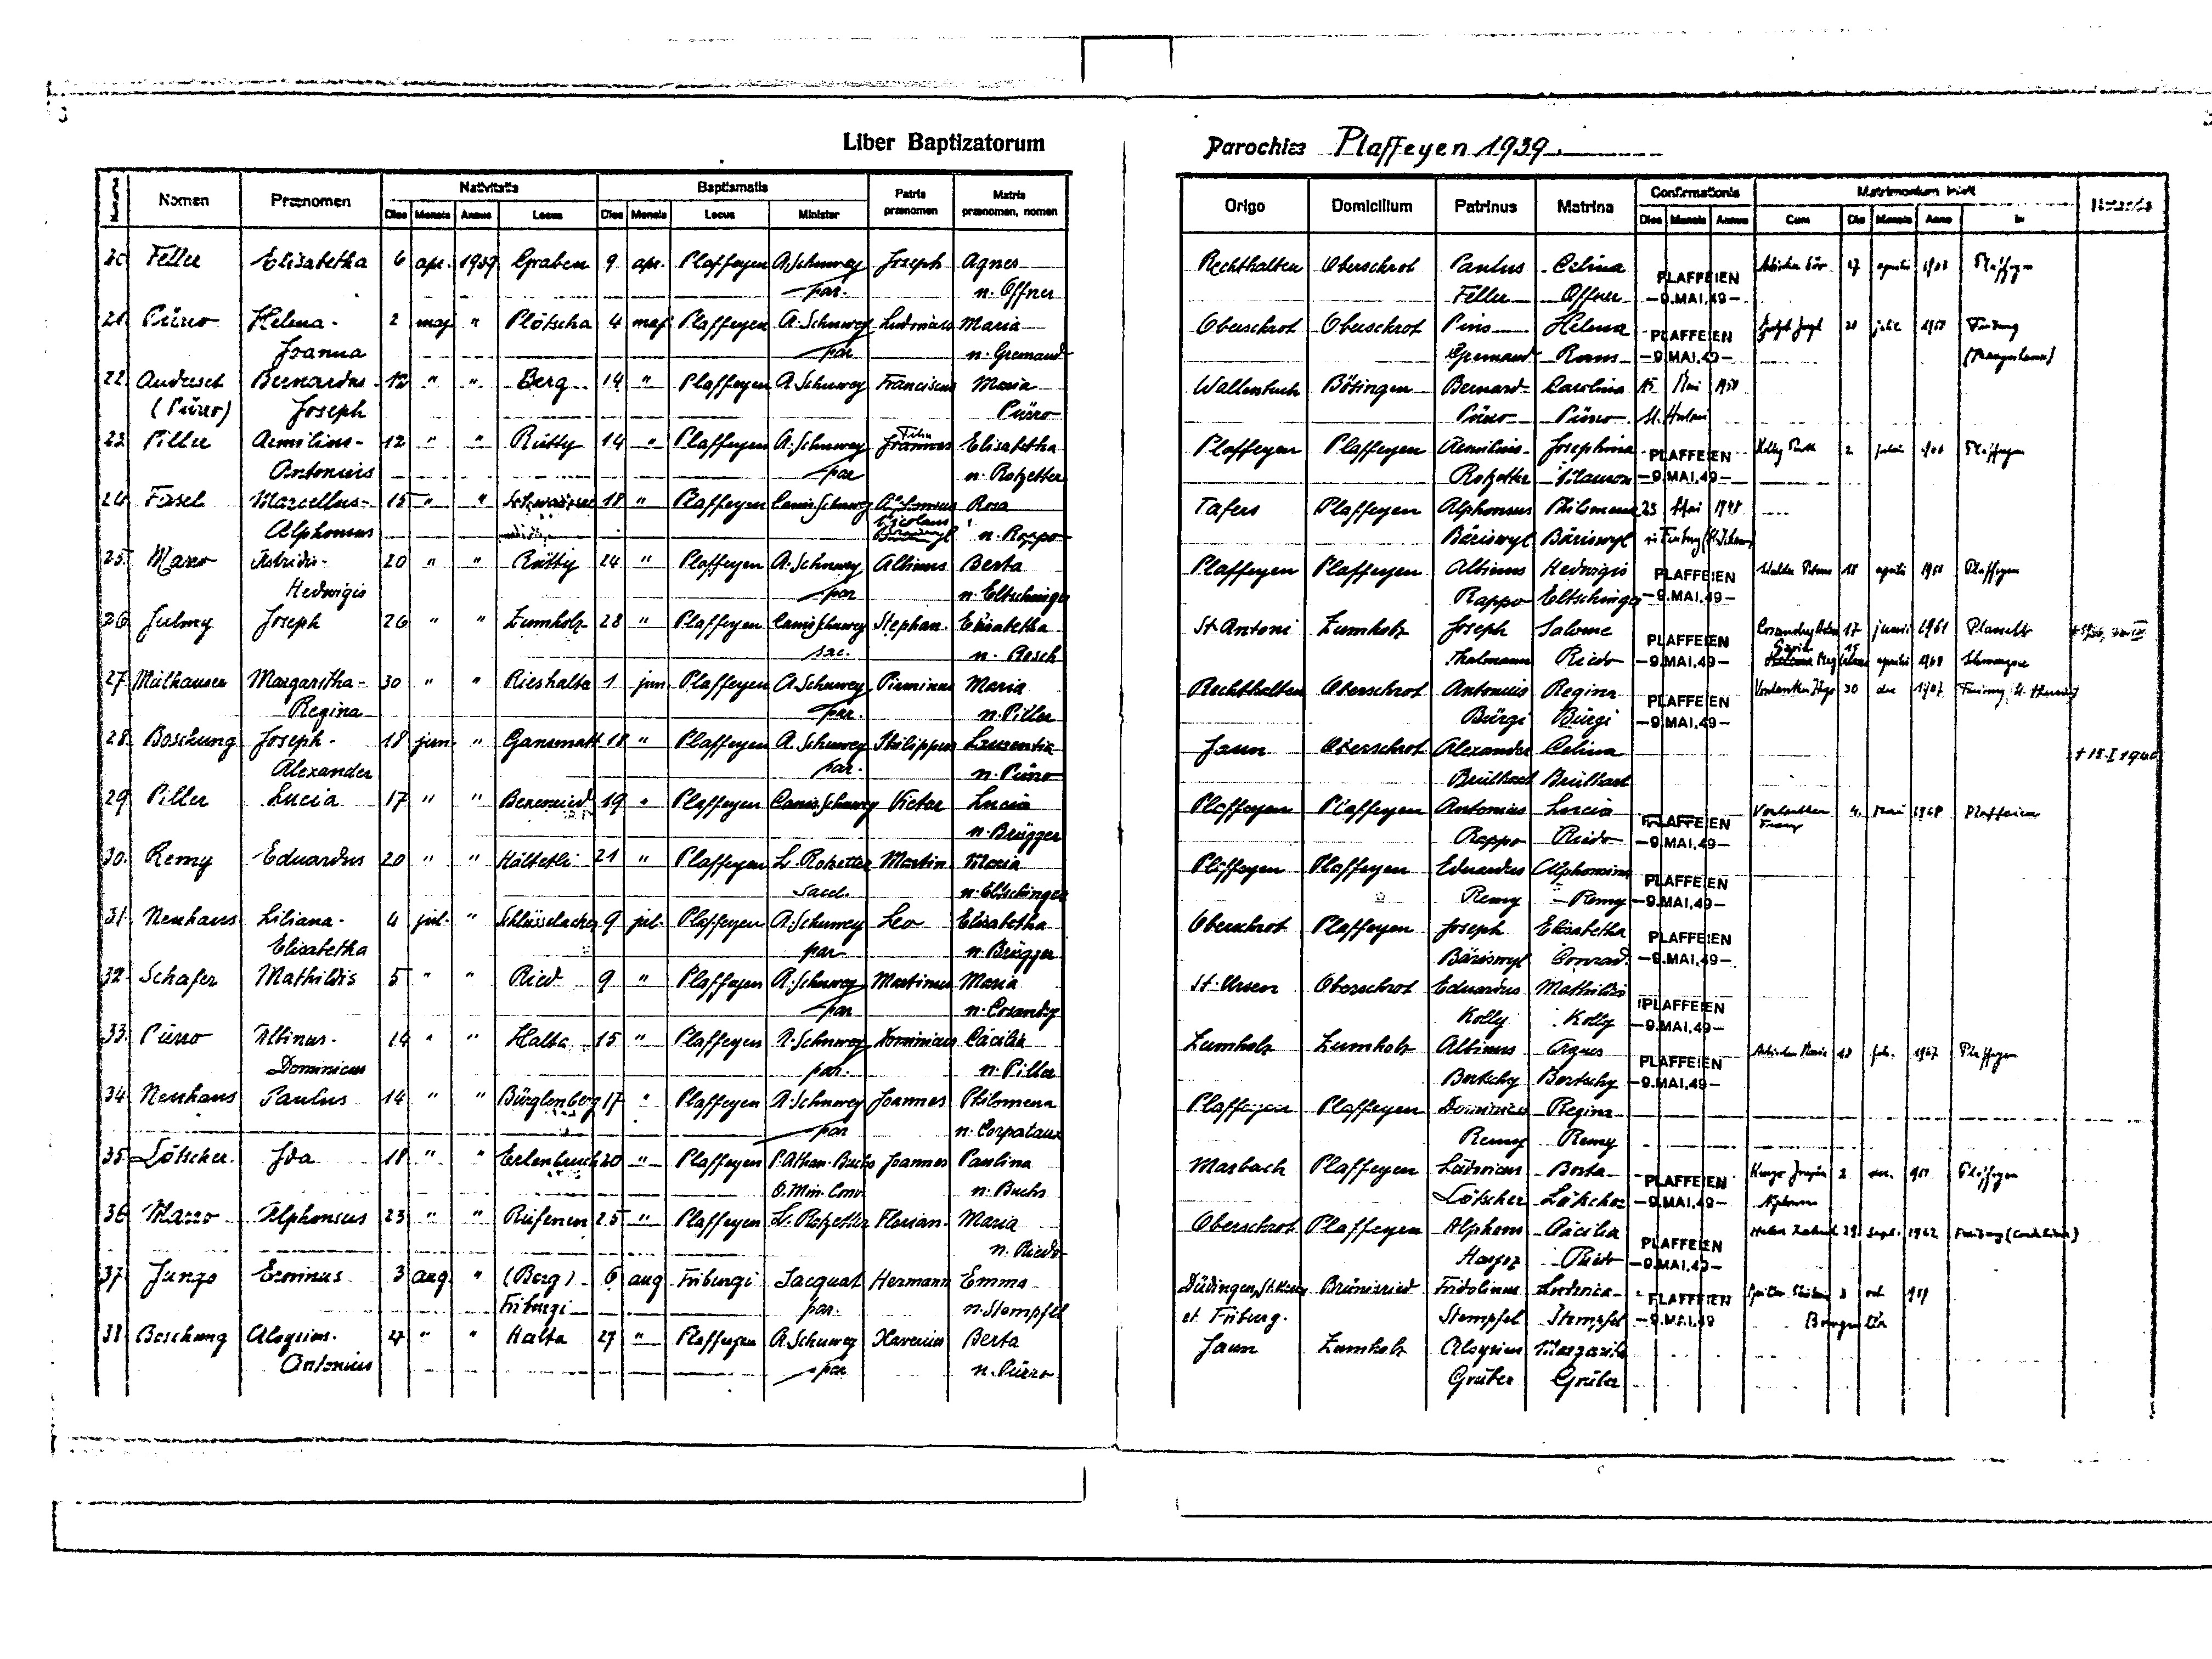
3
Liber Baptizatorum
Parochiae Plaffeyen 1939
Nomen Nativitatis Baptismatis Patria Matria Origo Domicilium Patrrinus Matrina Confirmationis Matrimonium inivit Notanda
Numer
Dies Mensis Annus Locus Dies Mensis Locus Minister praenomen praenomen, nomen
Dies Mensis Annus Cum Die Mensis Anno In
20 Feller Elisabetha 6 apr 1939 Graben 9 apr Plaffeyen A. Schuwey Joseph Agnes Rechthalten Oberschrot Paulus Celina
Aebischer     27 aprilis 1963 Plaffeyen
PLAFFEIEN
par. n. Offner Feller Offner
-9.MAI.-49-
21 Pürro Helena - 2 maj " Plötscha 4 maj Plaffeyen A. Schuwey Ludovicus Maria Oberschrot Oberschrot Pius Helena
Jutzet Joseph 30 Julii 19   Freiburg
PLAFFEIEN
par n. Gremaud Gremaud R
-9.MAI.-49-
(Franziskaner)
22 Auderset Bernardus 12 " " Berg 14 " Plaffeyen A. Schuwey Franciscus Maria Wallenbuch Bösingen Bernard. Carolina
15 Mai 1950
(Pürro) Joseph Pürro Pürro Pürro
St. Antoni
Felix
23 Piller Aemilius- 12 " " Rütty 14 " Plaffeyen A. Schuwey Joannes Elisabetha Plaffeyen Plaffeyen Aemilius Josephina
Kolly Ruth 2 Julii 1966 Plaffeyen
PLAFFEIEN
Antonius par n. Rotzetter Rotzetter Mauron
-9.MAI.-49-
24 Fasel Macellus- 15 " " Schwarzsee 18 " Plaffeyen Canis. Schuwey Alphonsus Rosa Tafers Plaffeyen Alphonsus Philomena
23 Mai 1948
Nicolaus
Alphonsus Baeriswyl n. Rappo Bäriswyl Bäriswyl
in Freiburg (St.Johann)
25 Marro Astridia- 20 " " Rütty 24 " Plaffeyen A. Schuwey Albinus Berta Plaffeyen Plaffeyen Albinus Hedwigis
Stalder Petrus 18 aprilis 1968 Plaffeyen
PLAFFEIEN
Hedwigis par n. Eltschinger Rappo Eltschinger
-9.MAI.-49-
26 Julmy Joseph 26 " " Zumholz 28 " Plaffeyen Canis Schuwey Stephan. Elisabetha St. Antoni Zumholz Joseph Salome
Cosandey Anton 17 junii 1961 Plasselb †1966
    15
sac. Rosch Thalmann Riedo
Helena     aprili 1968
27 Mülhauser Margaritha - 30 " " Rieshalta 1 jun Plaffeyen A. Schuwey Pirminus Maria Rechthalten Obersxchrot Antonius Regina
Vonlanthen Hugo 30 dec 19.7 Freiburg (St.    )
Regina par. n. Piller Bürgi Bürgi
28 Boschung Joseph - 18 jun. " Gansmatt 18 " Plaffeyen A. Schuwey Philippona Laurentia Jaun Oberschrot Alexander Celina
† 15. I 1960
Alexander par. n. Pürro Brülhard Brülhard
29 Piller Lucia 17 " " Berenried 19 " Plaffeyen Canis. Schuwey Viktor Lucia PLaffeyen Plaffeyen Antonius Lucia
Vonlanthen 4. Mai 1968 Plaffeien
Franz
n. Brügger Rappo Riedo
30. Remy Eduardus 20 " " Hältetli 21 " Plaffeyen L. Rotzetter Martin Maria Plaffeyen Plaffeyen Eduardus Alphomina
Sacel . Eltschinger Remy Remy
31 Neuhaus Liliane - 4 Jul. " Schlüsselacher 9 jul. Plaffeyen A. Schuwye Leo Elisabetha Oberschrot Plaffeyen Joseph Elisabetha
Elisabetha par n. Brügger Bäriswyl B...d
32. Schafer Mathildis 5 " " Ried 9 * Plaffeyen A. Schuwey Martinus Maria St. Ursen Oberschrot Eduardus Mathildis
par n. Cosandey Kolly Kolly
33. Pürro Albinus 14 " " Halta 15 " Plaffeyen A. Schuwey Dominisus Cecilia Zumholz Zumholz Albinus Agnes
Aebischer Maria 18 febr. 1967 Plaffeyen
Dominicus par. n. Piller Bertschy Bertschy
34 Neuhaus Paulus 14 " " Bürglenberg 17 " Plaffeyen " Plaffeyen A. Schuwey Joannes Philomena Plaffeyen Plaffeyen Dominicus Regina
par n. Corpataux Remy Remy
35 Lötscher Ida 18 " " Erlenbruch 20 " Plaffeyen P . Athan . Buchs Joannes Paulina Marbach Plaffeyen Ludovicus Berta
Hugo J... 2 dec. 1969 Plaffeyen
O. Min. Cmr n. Buchs Lötscher Lötscher
Alphonsus
36 Marro Alphonsus 23 " " Rufenen 25 " Plaffeyen L. Rotzetter Florian Maria Oberschrot Plaffeyen Aphons Cecilia
Helen ... 29. Sept. 1962 Freiburg (Cordelier)
n. Riedo Hayoz Riedo
37 Jungo Ernimus 3 aug " (Berg) 6 aug Friburgi Jacquat Hermann Emma Düdingen, St. Ursen Brünisried Fridolinus Ludovica
... 3 oct 1959
Friburgi par. n. Stempfel et Friburg. Stempfel Stempfel
Burgmüller
38 Boschung Aloysius 27 " " Halta 27 " Plaffeyen A. Schuwey Xaverius Berta Jaun Zumholz Aloysius Margarita
Antonius par n. Pürro Gruber Gruber